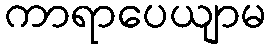
ကာရာပေယျာမ